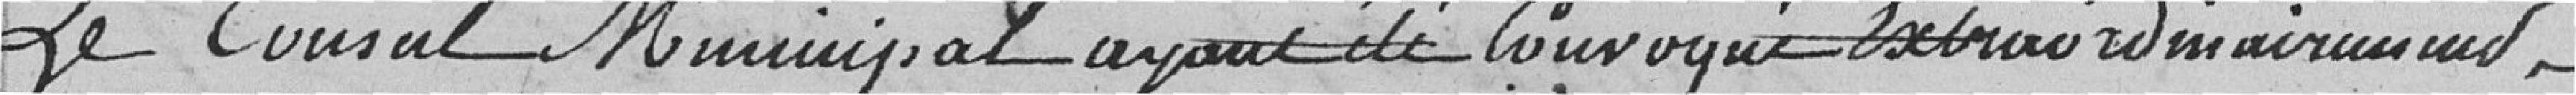
Le Conseil Municipal ayant été convoqué Extraordinairement,